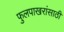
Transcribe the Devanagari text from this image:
फुलपाखरांसाठी